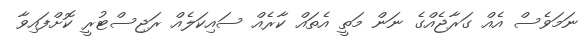
ނަމަވެސް އެއް ގަރާޖެއްގެ ނަން މަތީ އެތައް ކާރެއް ސައިކަލެއް ރަޖިސްޓުރީ ކޮށްފައިވާ